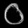
Digit: ၀